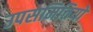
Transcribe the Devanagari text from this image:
उपसमितियों